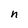
Character: n